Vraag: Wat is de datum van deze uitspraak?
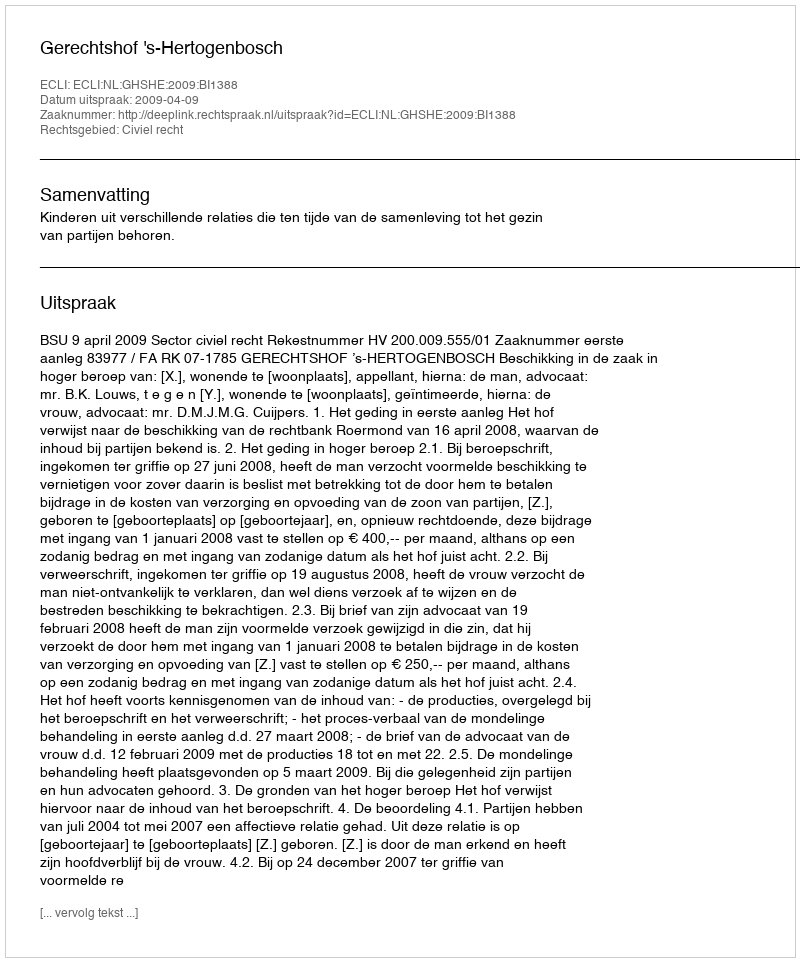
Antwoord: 2009-04-09